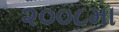
૨૦૦૮મા